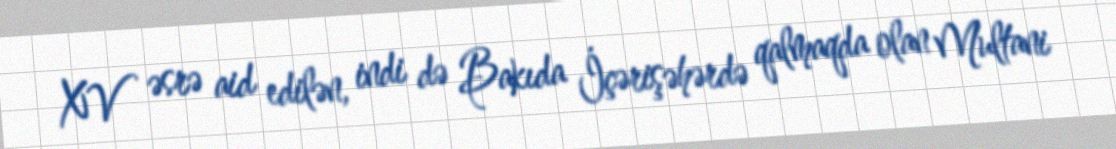
XV əsrə aid edilən, indi də Bakıda İçərişəhərdə qalmaqda olan Multani